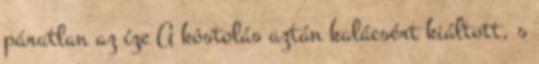
páratlan az íze A kóstolás aztán kalácsért kiáltott, s